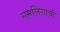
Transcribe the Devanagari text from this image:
रामलिंगाची